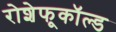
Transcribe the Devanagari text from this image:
रोशेफूकॉल्ड